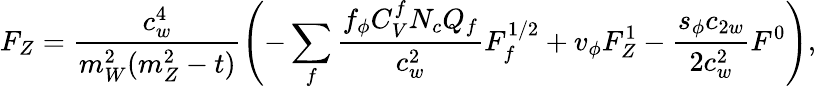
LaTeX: F_{Z}=\frac{c_{w}^{4}}{m_{W}^{2}(m_{Z}^{2}-t)}\left(-\sum_{f}\frac{f_{\phi}C_{V}^{f}N_{c}Q_{f}}{c_{w}^{2}}F_{f}^{1/2}+v_{\phi}F_{Z}^{1}-\frac{s_{\phi}c_{2w}}{2c_{w}^{2}}F^{0}\right),